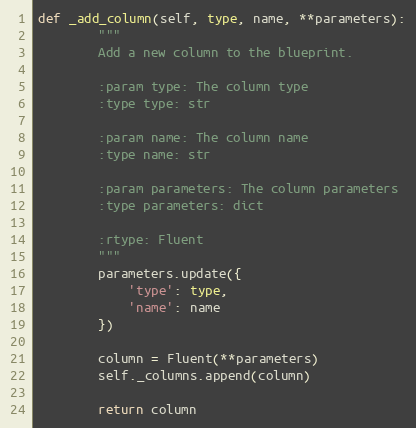
Language: Python
def _add_column(self, type, name, **parameters):
        """
        Add a new column to the blueprint.

        :param type: The column type
        :type type: str

        :param name: The column name
        :type name: str

        :param parameters: The column parameters
        :type parameters: dict

        :rtype: Fluent
        """
        parameters.update({
            'type': type,
            'name': name
        })

        column = Fluent(**parameters)
        self._columns.append(column)

        return column